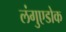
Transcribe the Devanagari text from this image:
लंगुएडोक